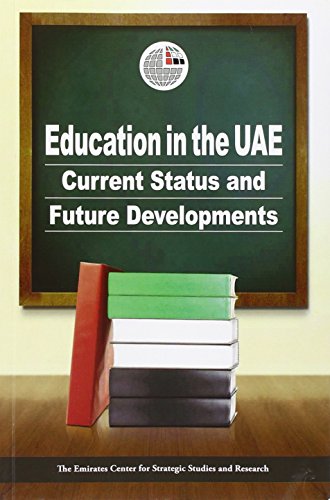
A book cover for Education in the UAE: Current Status and Future Developments; Emirates Centre for Strategic Studies and Research; History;